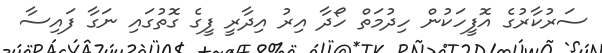
ސަރުކާރުގެ އޮފީހަކުން ހިދުމަތް ހޯދާ އިރު އިދާރީ ފީގެ ގޮތުގައި ނަގާ ފައިސާ